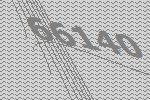
66140